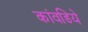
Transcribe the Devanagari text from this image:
कांवडिये